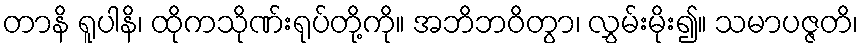
တာနိ ရူပါနိ၊ ထိုကသိုဏ်းရုပ်တို့ကို။ အဘိဘဝိတွာ၊ လွှမ်းမိုး၍။ သမာပဇ္ဇတိ၊